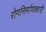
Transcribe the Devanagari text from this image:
रोगनिर्माणकारी